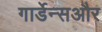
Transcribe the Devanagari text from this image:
गार्डेन्सऔर